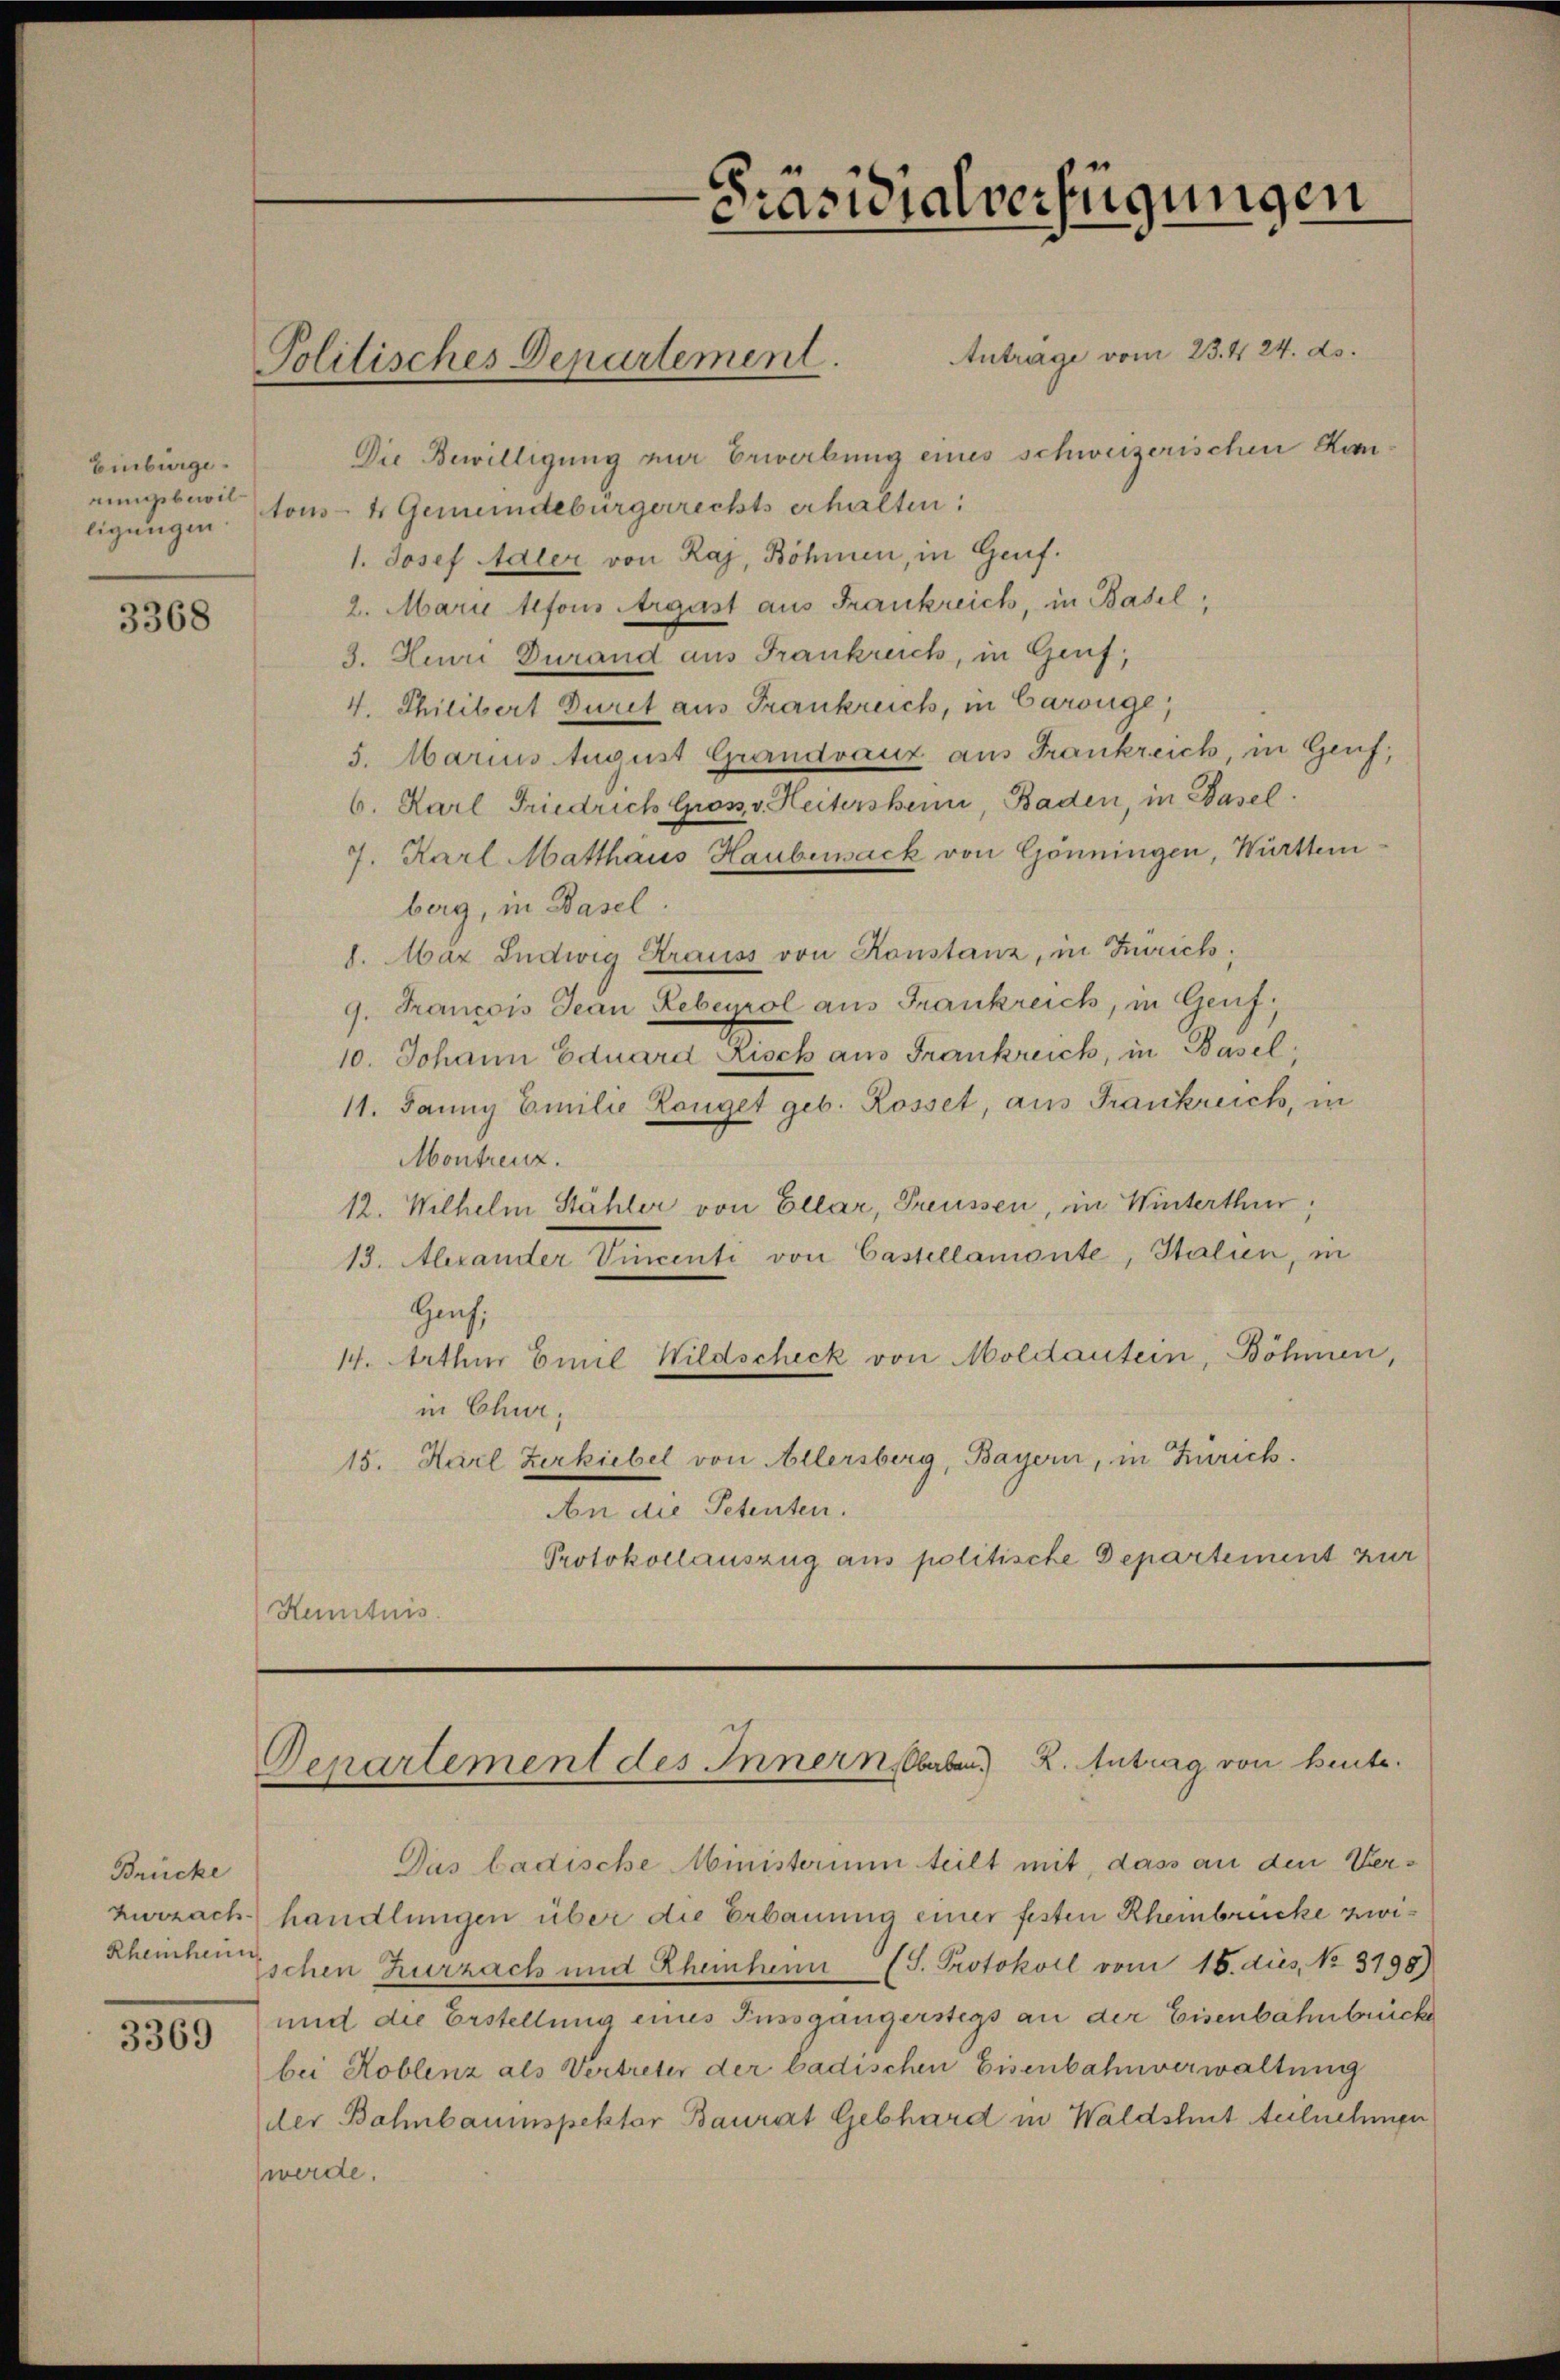
Einbürge
ligungen.

3368

Brücke
Rheinheim

3369

AAnträge vom 23. 424. ds.
Die Bewilligung zur Erwerbung eines schweizerischen Komrungsberit tous 4 Gemeindebürgerrechts erhalten:
1. Josef Adler von Raj, Böhmen, in Genf.
2. Marie 11fons Argust aus Frankreich, in Basel,
3. Henri Durand aus Frankreich, in Genf,
4. Philibert Durst aus Frankreich, in Carouge,
5. Marius August Grandvauz aus Frankreich, in Genf,
6. Karl Friedrich Gross, v. Heitersheim, Baden, in Basel.
7. Karl Matthaus Haubenack von Gönningen, Württemberg, in Basel.
8. Max Ludwig Krauss von Konstanz, in Zürich,
9. Francois Jean Rebeyrol aus Frankreich, in Genf,
10. Johann Eduard Risch aus Frankreich, in Basel
11. Janny Emilie Konget geb. Rosset, aus Frankreich, in
Montreuz.
12. Wilhelm Stähler von Ellar, Preussen, in Winterthur;
13. Arander Vincenti von Castellamonte, Stalien, in
Haus,
14. Arthur Emil Wildscheck von Moldautein, Böhmen,
in Chur,
15. Karl Zerkiebel von Allersberg, Bayern, in Zürich.
An die Petenten.
Protokollauszug aus politische Departement zur
Henntnis.

Politisches Departement.

-Präsidialverfügungen

Departement des Innern haben. 2. Antrag von heute.

Das badische Ministerium teilt mit, dass an den Ver¬
Zurzach handlungen über die Erbauung einer festen Rheinbrücke zwi¬
Eschen Zurzach und Rheinten (S. Protokoll vom 16. dies No 3198)
und die Erstellung eines Fussgängerstegs an der Eisenbahnbrücke
bei Koblenz als Vertreter der badischen Eisenbahnverwaltung
der Bahnbauinspektor Baurat Gebhard in Waldshut teilnehmiger
werde.